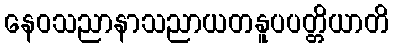
နေဝသညာနာသညာယတနူပပတ္တိယာတိ